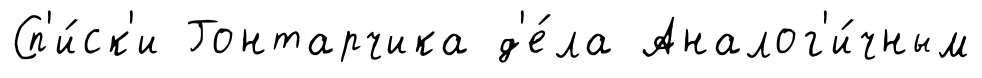
Сп'и́ск'и Гонтарчика д'е́ла Аналог'и́чным